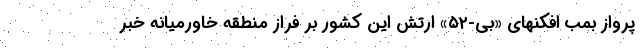
پرواز بمب افکنهای «بی-۵۲» ارتش این کشور بر فراز منطقه خاورمیانه خبر